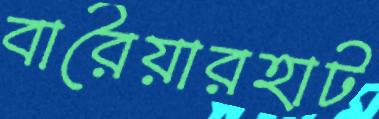
বারৈয়ারহাট